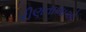
રીણતાલાએ